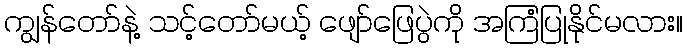
ကျွန်တော်နဲ့ သင့်တော်မယ့် ဖျော်ဖြေပွဲကို အကြံပြုနိုင်မလား။